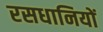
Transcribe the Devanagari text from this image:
रसधानियों